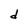
Character: d